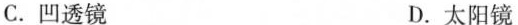
C.凹透镜 D.太阳镜